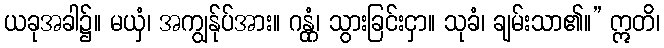
ယခုအခါ၌။ မယှံ၊ အကျွန်ုပ်အား။ ဂန္တုံ၊ သွားခြင်းငှာ။ သုခံ၊ ချမ်းသာ၏။” ဣတိ၊